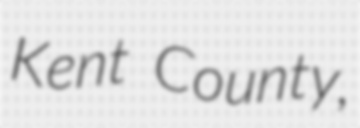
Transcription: Kent County,